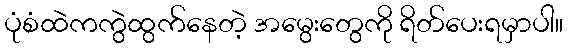
ပုံစံထဲကကွဲထွက်နေတဲ့ အမွေးတွေကို ရိတ်ပေးရမှာပါ။